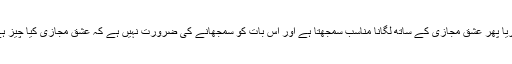
اوریا پھر عشق مجازی کے ساتھ لگانا مناسب سمجھتا ہے اور اس بات کو سمجھانے کی ضرورت نہیں ہے کہ عشق مجازی کیا چیز ہے۔